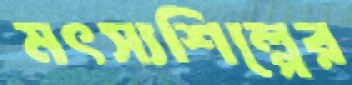
মৎস্যশিল্পের